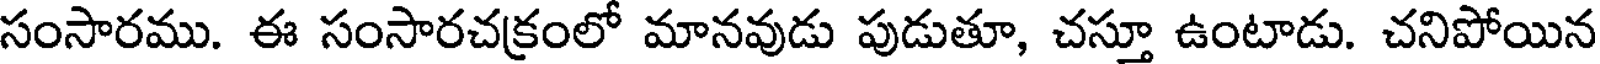
సంసారము. ఈ సంసారచక్రంలో మానవుడు పుడుతూ, చస్తూ ఉంటాడు. చనిపోయిన